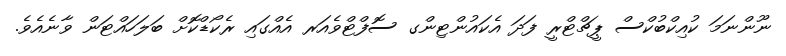
ނޫންނަމަ ކުއިކްބުކްސް ޕީޗްޓްރީ ފަދަ އެކައުންޓިންގ ސޮފްޓްވެއަރ އެއްގައި ރެކޯޑްކޮށް ބަލަހައްޓަން ވާނެއެވެ.